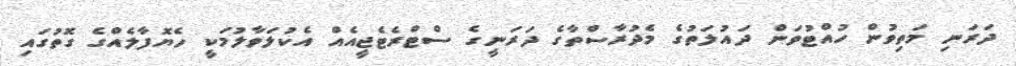
ދަަރަނި މަތިވުން ހުއްޓުވަން ދައުލަތުގެ މެދުރާސްތާގެ ދަރަނީގެ ސްޓްރެޓެޖީއެއް އެކުލަވާލުމަކީ ހެޔޮފާލެއްގެ ގޮތުގައި